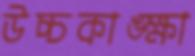
উচ্চকাঙ্ক্ষা